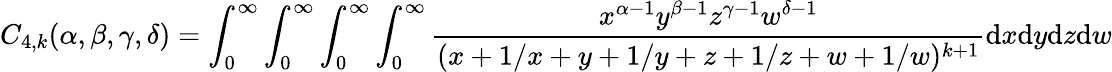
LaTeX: C_{4,k}(\alpha,\beta,\gamma,\delta)=\int_{0}^{\infty}\int_{0}^{\infty}\int_{0}^{\infty}\int_{0}^{\infty}\frac{x^{\alpha-1}y^{\beta-1}z^{\gamma-1}w^{\delta-1}}{(x+1/x+y+1/y+z+1/z+w+1/w)^{k+1}}\mathrm{d}x\mathrm{d}y\mathrm{d}z\mathrm{d}w